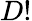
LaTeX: D!